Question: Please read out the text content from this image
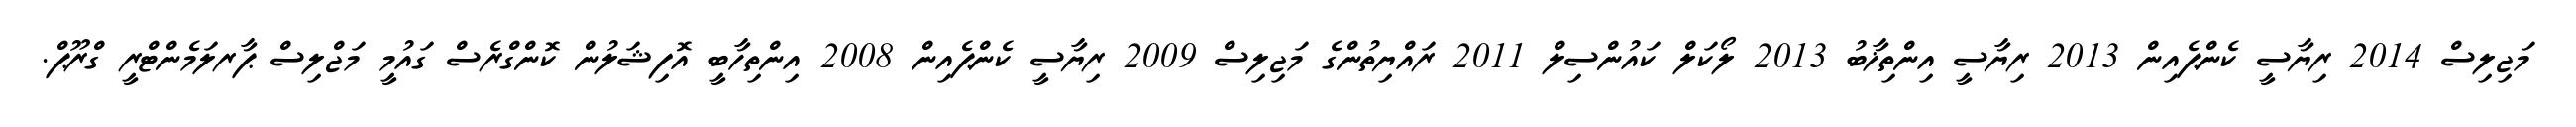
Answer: މަޖިލިސް 2014 ރިޔާސީ ކެންޕެއިން 2013 ރިޔާސީ އިންތިޚާބު 2013 ލޯކަލް ކައުންސިލް 2011 ރައްޔިތުންގެ މަޖިލިސް 2009 ރިޔާސީ ކެންޕެއިން 2008 އިންތިހާބީ އޮފިޝަލުން ކޮންގްރެސް ގައުމީ މަޖްލިސް ޕާރލަމެންޓްރީ ގްރޫޕް.